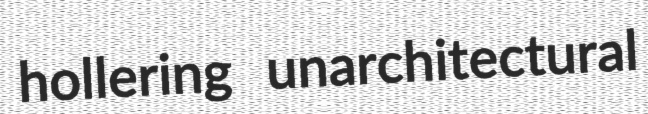
hollering unarchitectural